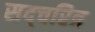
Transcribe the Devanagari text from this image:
सद्चरित्र